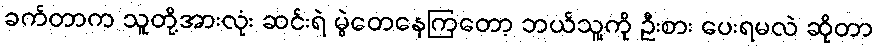
ခက်တာက သူတို့အားလုံး ဆင်းရဲ မွဲတေနေကြတော့ ဘယ်သူ့ကို ဦးစား ပေးရမလဲ ဆိုတာ